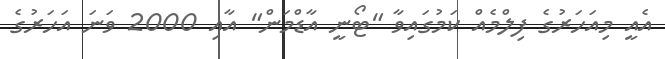
އެއީ މިއަހަރުގެ ފިލްމެއް ކަމުގައިވާ "ޓޯނީ އާޑްމަން" އާއި 2000 ވަނަ އަހަރުގެ